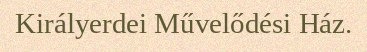
Királyerdei Művelődési Ház.